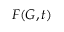
F ( G , t )